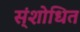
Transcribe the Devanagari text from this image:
स्ंशोधित